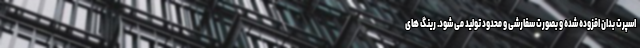
اسپرت بدان افزوده شده و بصورت سفارشی و محدود تولید می شود. رینگ های